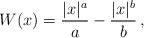
LaTeX: \begin{align*}W (x)=\frac{|x|^{a}}{a} - \frac{|x|^b}{b}\,,\end{align*}